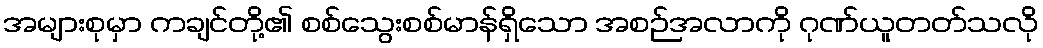
အများစုမှာ ကချင်တို့၏ စစ်သွေးစစ်မာန်ရှိသော အစဉ်အလာကို ဂုဏ်ယူတတ်သလို